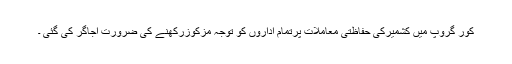
کور گروپ میں کشمیرکی حفاظتی معاملات پرتمام اداروں کو توجہ مزکوزرکھنے کی ضرورت اُجاگر کی گئی ۔